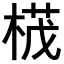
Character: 𣕚